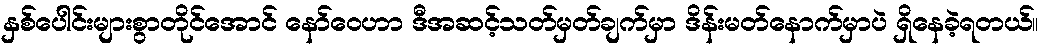
နှစ်ပေါင်းများစွာတိုင်အောင် နော်ဝေဟာ ဒီအဆင့်သတ်မှတ်ချက်မှာ ဒိန်းမတ်နောက်မှာပဲ ရှိနေခဲ့ရတယ်။